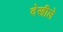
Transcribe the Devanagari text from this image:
देखीले